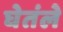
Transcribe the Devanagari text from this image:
घेतंले